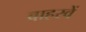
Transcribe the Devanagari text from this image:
बाहरवें